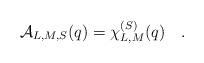
LaTeX: \begin{align*}{\cal A}_{L,M,S}(q) = \chi_{L,M}^{(S)}(q)\quad.\end{align*}